Annual statistical returns and brief notes on vaccination in Bengal - 1896-1909
Year: 1896
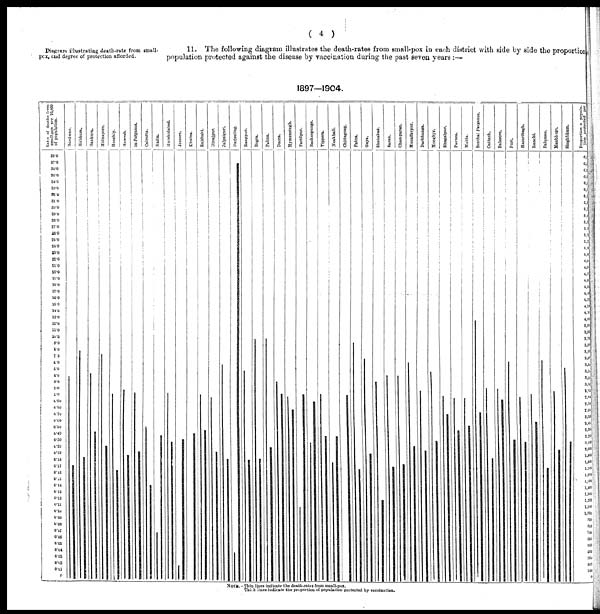
( 4 )
Diagram illustrating death-rate from small-
pox, and degree of protection afforded.
11. The following diagram illustrates the death-rates from small-pox in each district with side by side the proportion
population protected against the disease by vaccination during the past seven years :—
1897—1904.
NOTE. -Thin lines indicate the death-rates from small-pox.
Thick lines indicate the proportion of population protected by vaccination.